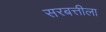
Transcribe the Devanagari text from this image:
सरबत्तीला